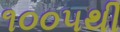
૧૦૦૫થી